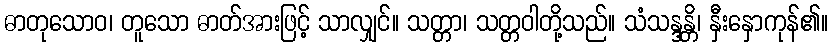
ဓာတုသောဝ၊ တူသော ဓာတ်အားဖြင့် သာလျှင်။ သတ္တာ၊ သတ္တဝါတို့သည်။ သံသန္ဒန္တိ၊ နှီးနှောကုန်၏။